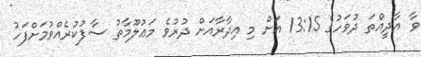
ވާ އާދީއްތަ ދުވަހުގެ 13:15 އަށް މި އިދާރާއަށް ދުރުވެ މަޢުލޫމާތު ސާފުކުރެއްވުމަށްފަހު